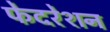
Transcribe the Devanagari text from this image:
फेदरेशन